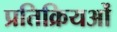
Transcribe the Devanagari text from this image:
प्रतिक्रियओं